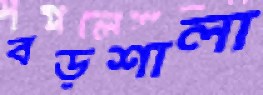
বড়শালা